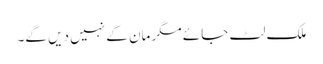
ملک لٹ جائے مگر مان کے نہیں دیں گے۔